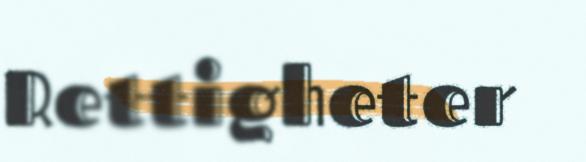
Rettigheter